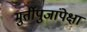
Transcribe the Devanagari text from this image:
मुर्तीपुजांपेक्षा